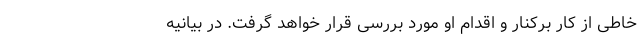
خاطی از کار برکنار و اقدام او مورد بررسی قرار خواهد گرفت. در بیانیه